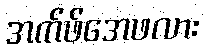
အက်ဖ်အေဖလား